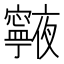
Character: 𭔧